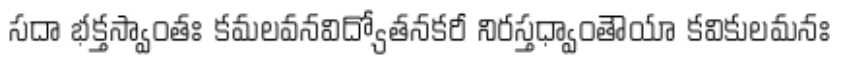
సదా భక్తస్వాంతః కమలవనవిద్యోతనకరీ నిరస్తధ్వాంతౌయా కవికులమనః